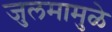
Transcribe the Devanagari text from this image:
जुलमामुळे